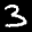
Label: 3